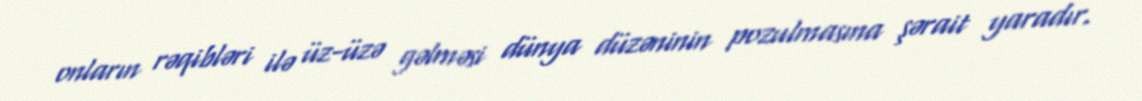
onların rəqibləri ilə üz-üzə gəlməsi dünya düzəninin pozulmasına şərait yaradır.